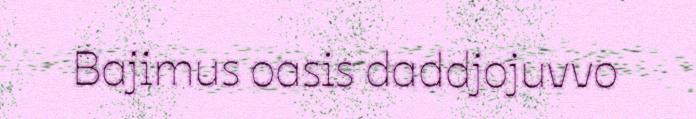
Bajimus oasis daddjojuvvo